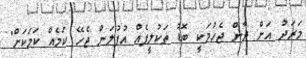
މަރަދު އަށް ދާން ޖެހުމަކީ ބޮޑު ތަކުލީފެއް އުފުލަން ޖެހޭ ކަމެއް ކަމަކަށް"